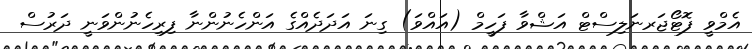
އެމްވީ ފޮޓޯޖަރނަލިސްޓް އަޝްވާ ފަހީމް (އައްވަ) ގިނަ އަދަދެއްގެ އަންހެނުންނާ ފިރިހެނުންވަނީ ދަރުސް